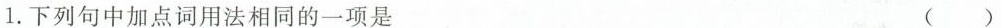
1.下列句中加点词用法相同的一项是()